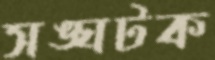
সঙ্ঘটক